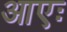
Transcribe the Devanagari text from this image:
आएः